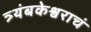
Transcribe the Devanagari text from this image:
त्र्यंबकेश्वराचं